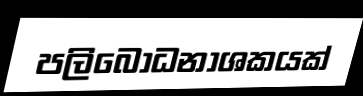
පලිබෝධනාශකයක්